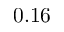
0 . 1 6